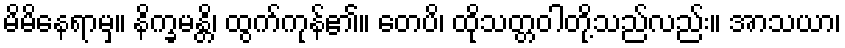
မိမိနေရာမှ။ နိက္ခမန္တိ၊ ထွက်ကုန်၏။ တေပိ၊ ထိုသတ္တဝါတို့သည်လည်း။ အာသယာ၊